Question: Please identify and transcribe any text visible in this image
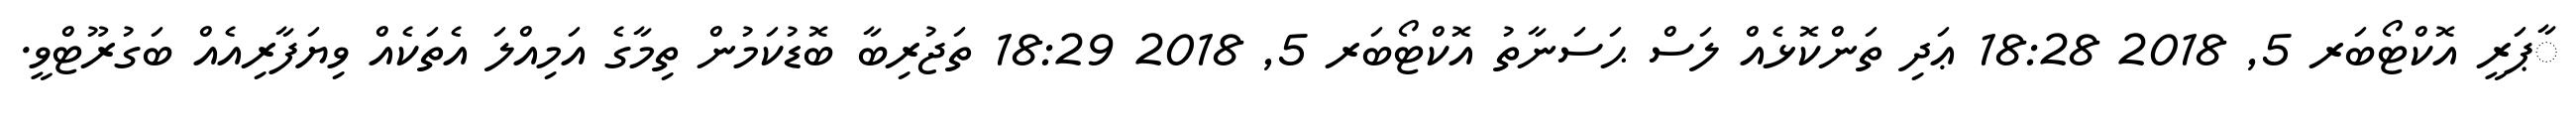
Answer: ާޕަރީ އޮކްޓޯބަރ 5, 2018 18:28 ޢަދި ތަންކޮޅެއް ލަސް ޙަސަނާތު އޮކްޓޯބަރ 5, 2018 18:29 ތަޖުރިބާ ބޮޑުކަމުން ތިމާގެ އަމިއްލަ އެތަކެއް ވިޔަފާރިއެއް ބަގުރޫޓްވީ.